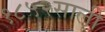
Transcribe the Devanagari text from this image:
१८५२साली